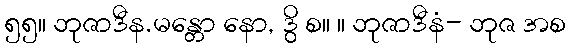
၅၅။ ဘုဇာဒီန.မန္တော နော, ဒွိ စ။ ။ ဘုဇာဒီနံ- ဘုဇ အစ